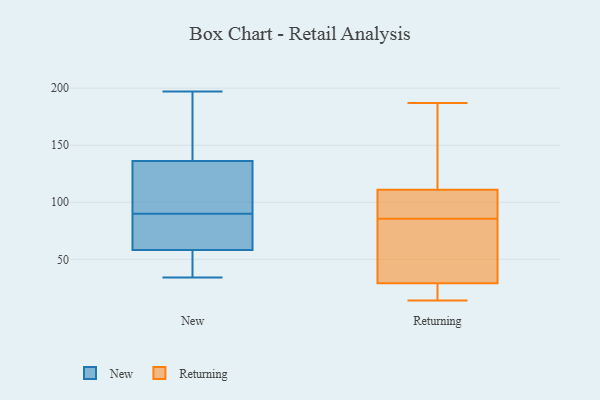
{"axis": {"x": "LTV (USD)", "y": "Value"}, "legend": ["New", "Returning"], "data": [{"x": "", "y": 68, "type": "New"}, {"x": "", "y": 84, "type": "New"}, {"x": "", "y": 34, "type": "New"}, {"x": "", "y": 141, "type": "New"}, {"x": "", "y": 186, "type": "New"}, {"x": "", "y": 120, "type": "New"}, {"x": "", "y": 90, "type": "New"}, {"x": "", "y": 40, "type": "New"}, {"x": "", "y": 197, "type": "New"}, {"x": "", "y": 73, "type": "New"}, {"x": "", "y": 55, "type": "New"}, {"x": "", "y": 95, "type": "New"}, {"x": "", "y": 122, "type": "New"}, {"x": "", "y": 161, "type": "New"}, {"x": "", "y": 52, "type": "New"}, {"x": "", "y": 148, "type": "Returning"}, {"x": "", "y": 29, "type": "Returning"}, {"x": "", "y": 187, "type": "Returning"}, {"x": "", "y": 32, "type": "Returning"}, {"x": "", "y": 105, "type": "Returning"}, {"x": "", "y": 94, "type": "Returning"}, {"x": "", "y": 155, "type": "Returning"}, {"x": "", "y": 67, "type": "Returning"}, {"x": "", "y": 111, "type": "Returning"}, {"x": "", "y": 24, "type": "Returning"}, {"x": "", "y": 14, "type": "Returning"}, {"x": "", "y": 56, "type": "Returning"}, {"x": "", "y": 168, "type": "Returning"}, {"x": "", "y": 106, "type": "Returning"}, {"x": "", "y": 103, "type": "Returning"}, {"x": "", "y": 77, "type": "Returning"}, {"x": "", "y": 24, "type": "Returning"}, {"x": "", "y": 23, "type": "Returning"}]}